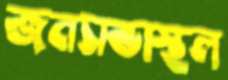
জনসভাস্থল